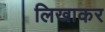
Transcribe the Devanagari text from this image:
लिखाकर